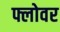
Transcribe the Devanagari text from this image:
फ्लोवर